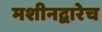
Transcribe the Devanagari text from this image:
मशीनद्वारेच